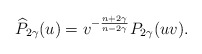
\begin{align*}\widehat{P}_{2\gamma}(u)=v^{-\frac{n+2\gamma}{n-2\gamma}}P_{2\gamma}(uv).\end{align*}